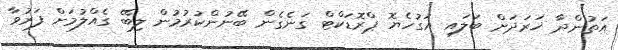
އަތުންދާ ޚަރަދަށް ބަލައި އަގުހެޔޮ ޕްރޮޑަކްޓް ގަނެގެން ބޭނުންކުރުމުން ލިބޭ ގެެއްލުމަށް ފަރުވާ